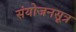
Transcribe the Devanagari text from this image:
संयोजनसूत्र